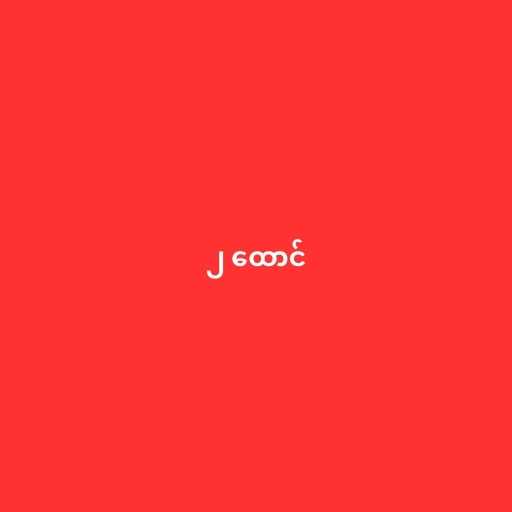
၂ ထောင်